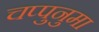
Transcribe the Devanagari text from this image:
चप्पुनुमा